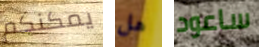
يمكنكم هل ساعود